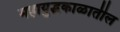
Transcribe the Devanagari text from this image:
महायुद्धकाळातील